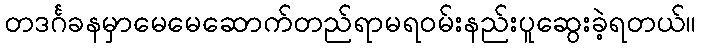
တဒင်္ဂခနမှာမေမေဆောက်တည်ရာမရဝမ်းနည်းပူဆွေးခဲ့ရတယ်။